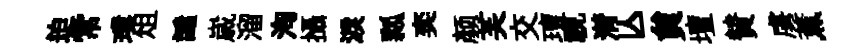
迫常璞俎譴𡻕溜洵攝淚瓢奕颜芙交璮視潸亾貟壇賛虜薫